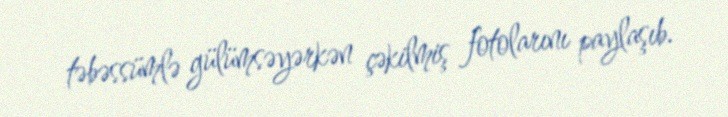
təbəssümlə gülümsəyərkən çəkilmiş fotolarını paylaşıb.